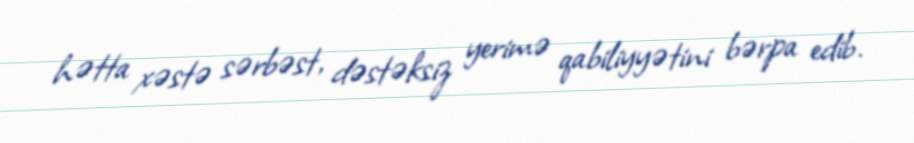
hətta xəstə sərbəst, dəstəksiz yerimə qabiliyyətini bərpa edib.